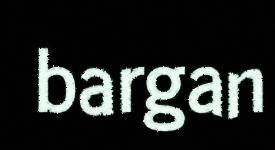
bargan